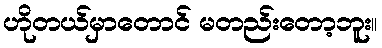
ဟိုတယ်မှာတောင် မတည်းတော့ဘူး။